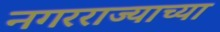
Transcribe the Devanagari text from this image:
नगरराज्याच्या